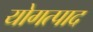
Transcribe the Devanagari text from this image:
योगत्पाद